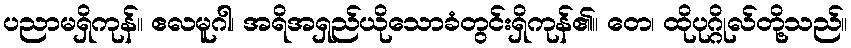
ပညာမရှိကုန်။ ဧလမူဂါ၊ အရိအရှည်ယိုသောခံတွင်းရှိကုန်၏။ တေ၊ ထိုပုဂ္ဂိုလ်တို့သည်။